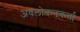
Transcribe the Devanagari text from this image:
अवलोकनकर्ता